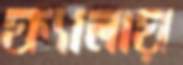
ফ্যালায়